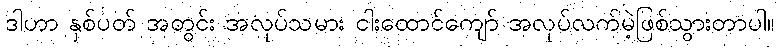
ဒါဟာ နှစ်ပတ် အတွင်း အလုပ်သမား ငါးထောင်ကျော် အလုပ်လက်မဲ့ဖြစ်သွားတာပါ။